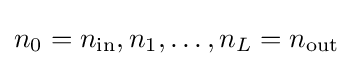
n_{0}=n_{\mathrm {in} },n_{1},\ldots ,n_{L}=n_{\mathrm {out} }